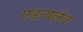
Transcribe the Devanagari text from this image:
एडावलेठ